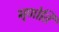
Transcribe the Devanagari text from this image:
मृणोति